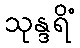
သုန္ဒရိံ